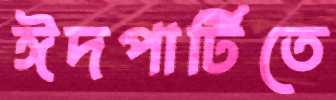
ঈদপার্টিতে